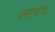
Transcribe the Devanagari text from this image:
लावंट